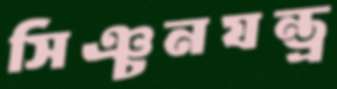
সিঞ্চনযন্ত্র